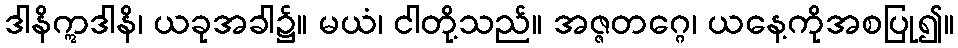
ဒါနိဣဒါနိ၊ ယခုအခါ၌။ မယံ၊ ငါတို့သည်။ အဇ္ဇတဂ္ဂေ၊ ယနေ့ကိုအစပြု၍။